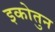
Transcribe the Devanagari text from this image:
इकोतुन